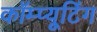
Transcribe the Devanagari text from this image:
कॉम्प्यूटिंग